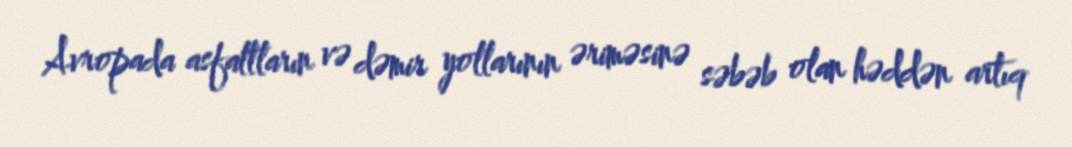
Avropada asfaltların və dəmir yollarının əriməsinə səbəb olan həddən artıq